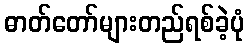
ဓာတ်တော်များတည်ရစ်ခဲ့ပုံ